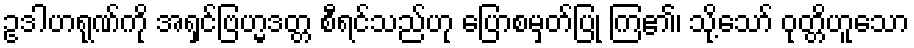
ဥဒါဟရုဏ်ကို အရှင်ဗြဟ္မဒတ္တ စီရင်သည်ဟု ပြောစမှတ်ပြု ကြ၏၊ သို့သော် ဝုတ္တိဟူသော